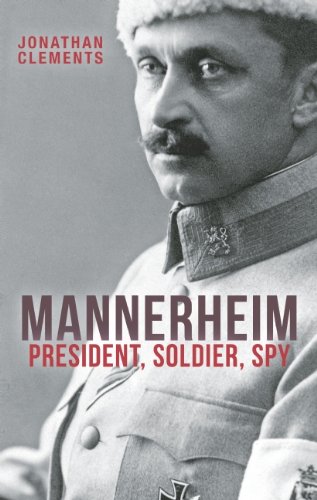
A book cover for Mannerheim: President, Soldier, Spy; Jonathan Clements; Biographies & Memoirs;